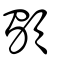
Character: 䫳